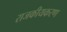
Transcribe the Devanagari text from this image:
राजकीयकरण